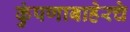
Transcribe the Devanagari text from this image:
कुंपणाबाहेरचे